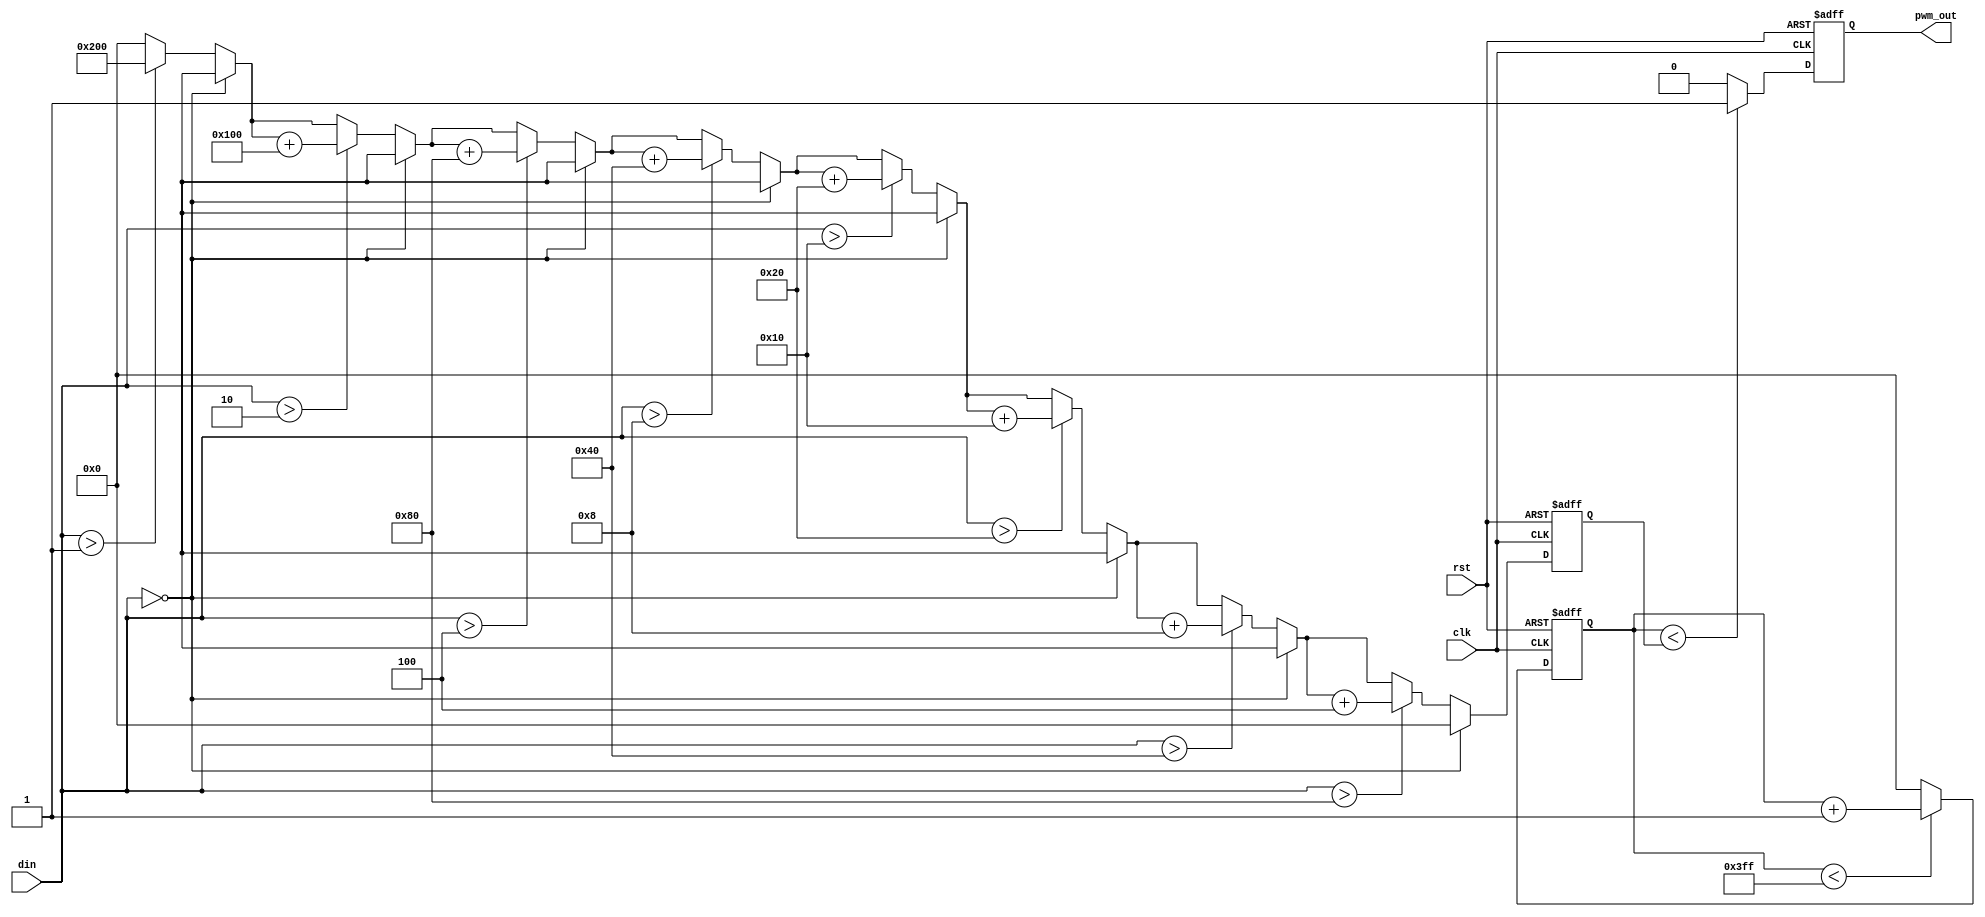
module LPWM #(
    parameter N = 8,          // Input bit width
    parameter PWM_RES = 10    // PWM resolution (number of bits for PWM output)
)(
    input wire clk,           // System clock
    input wire rst,           // Reset signal
    input wire [N-1:0] din,   // Digital input signal
    output reg pwm_out        // PWM output signal
);

    // Logarithmic scaling function (simple approximation)
    function [PWM_RES-1:0] log_scale;
        input [N-1:0] x;
        integer i;
        begin
            if (x == 0) begin
                log_scale = 0; // Log(0) is undefined, return 0
            end else begin
                log_scale = 0;
                for (i = 0; i < N; i = i + 1) begin
                    if (x > (1 << i)) begin
                        log_scale = log_scale + (1 << (PWM_RES - 1 - i)); // Scale to PWM resolution
                    end
                end
            end
        end
    endfunction

    // PWM parameters
    reg [PWM_RES-1:0] pwm_width; // Calculated PWM width
    reg [PWM_RES-1:0] counter;    // PWM counter

    always @(posedge clk or posedge rst) begin
        if (rst) begin
            pwm_out <= 0;
            counter <= 0;
            pwm_width <= 0;
        end else begin
            // Calculate logarithmic scaled width
            pwm_width <= log_scale(din);

            // PWM generation
            if (counter < pwm_width) begin
                pwm_out <= 1; // High state
            end else begin
                pwm_out <= 0; // Low state
            end

            // Increment counter and reset if necessary
            if (counter < (1 << PWM_RES) - 1) begin
                counter <= counter + 1;
            end else begin
                counter <= 0; // Reset counter after full cycle
            end
        end
    end

endmodule